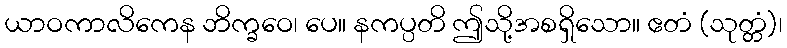
ယာဝကာလိကေန ဘိက္ခဝေ၊ ပေ။ နကပ္ပတိ ဤသို့အစရှိသော။ ဧတံ (သုတ္တံ)၊